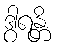
ဒွါရန္တိ